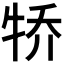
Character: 𪺭